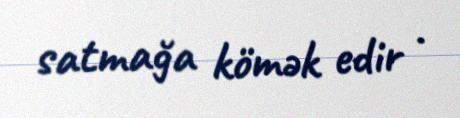
satmağa kömək edir .